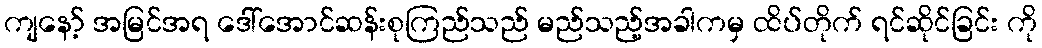
ကျနော့် အမြင်အရ ဒေါ်အောင်ဆန်းစုကြည်သည် မည်သည့်အခါကမှ ထိပ်တိုက် ရင်ဆိုင်ခြင်း ကို